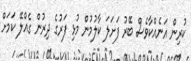
ކުރިން އަނެއްކާވެސް ބޭރު ފަށަލަ ކާލުމުން މުޅި ފަރުގެ ދިރުން ގެއްލޭ ކަމަށް